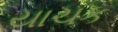
યાચક